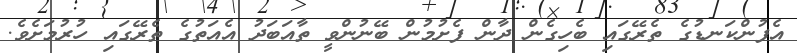
އެފުންކަނޑުގެ ތެރޭގައި ބެހިގެން ދާން ފެށުމުން ބޭނުންވީ ތާއަބަދު އެއަތުގެ ތެރޭގައި ހުރުމަށެވެ.